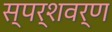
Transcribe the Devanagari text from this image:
स्पर्शवर्ण